Vaccination Hyderabad 1890-1903 - 1890-1903
Year: 1890
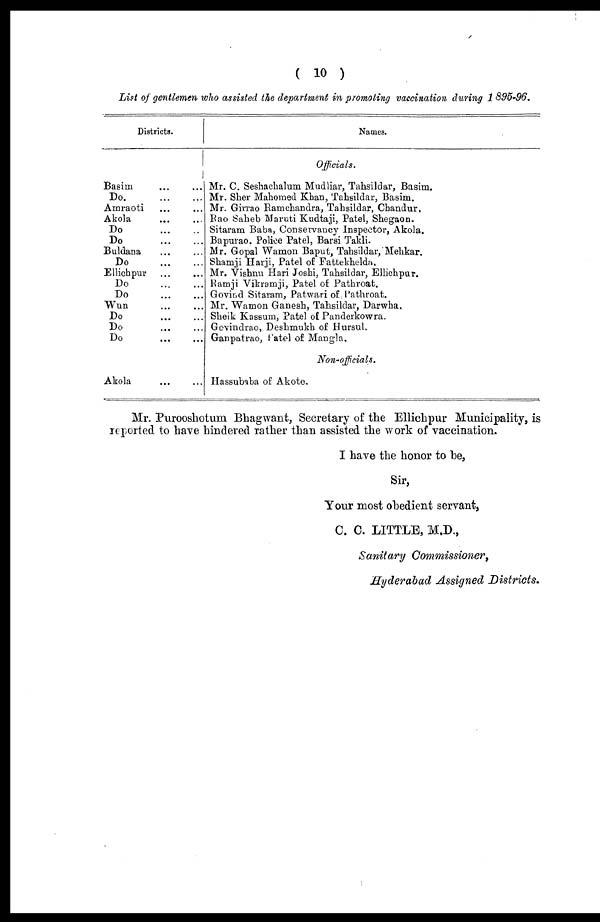
( 10 )
List of gentlemen who assisted the department in promoting vaccination during 1895-96.
Districts.
Basim
...
...
Do. ... ...
Amraoti ... ...
Akola
...
...
Do
...
...
Do...
...
Buldana ... ...
Do
...
...
Ellichpur
...
...
Do
...
...
Do
...
...
Wun
...
...
Do
...
...
Do
...
...
Do
...
...
Akola
...
...
Names.
Officials.
Mr. C. Seshachalum Mudliar, Tahsildar, Basim.
Mr. Sher Mahomed Khan, Tahsildar, Basim.
Mr. Girrao Ramchandra, Tahsildar, Chandur.
Rao Saheb Maruti Kudtaji, Patel, Shegaon.
Sitaram Baba, Conservancy Inspector, Akola.
Bapurao, Police Patel, Barsi Takli.
Mr. Gopal Wamon Baput, Tahsildar, Mehkar.
Shamji Harji, Patel of Fattekhelda.
Mr. Vishnu Hari Joshi, Tahsildar, Ellichpur.
Ramji Vikramji, Patel of Pathroat.
Govind Sitaram, Patwari of Pathroat.
Mr. Wamon Ganesh, Tahsildar, Darwha.
Sheik Kassum, Patel of Panderkowra.
Govindrao, Deshmukh of Hursul.
Ganpatrao, Patel of Mangla.
Non-officials.
Hassubaba of Akote.
Mr. Purooshotum Bhagwant, Secretary of the Ellichpur Municipality, is
reported to have hindered rather than assisted the work of vaccination.
I have the honor to be,
Sir,
Your most obedient servant,
C. C. LITTLE, M.D.,
Sanitary Commissioner,
Hyderabad Assigned Districts.